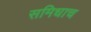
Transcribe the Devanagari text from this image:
समिधाच